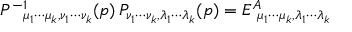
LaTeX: P ^ { - 1 } { } _ { \! \! \mu _ { 1 } \cdots \mu _ { k } , \nu _ { 1 } \cdots \nu _ { k } } ( p ) \, P _ { \nu _ { 1 } \cdots \nu _ { k } , \lambda _ { 1 } \cdots \lambda _ { k } } ( p ) = { \cal E } ^ { A } { } _ { \! \! \mu _ { 1 } \cdots \mu _ { k } , \lambda _ { 1 } \cdots \lambda _ { k } } \,